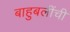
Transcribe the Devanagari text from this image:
बाहुबलींची